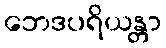
ဘေဒပရိယန္တာ